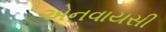
એનવાયસી